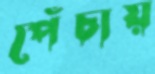
পেঁচায়